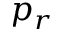
p _ { r }